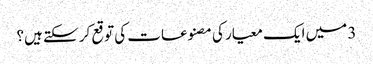
3 میں ایک معیار کی مصنوعات کی توقع کر سکتے ہیں؟